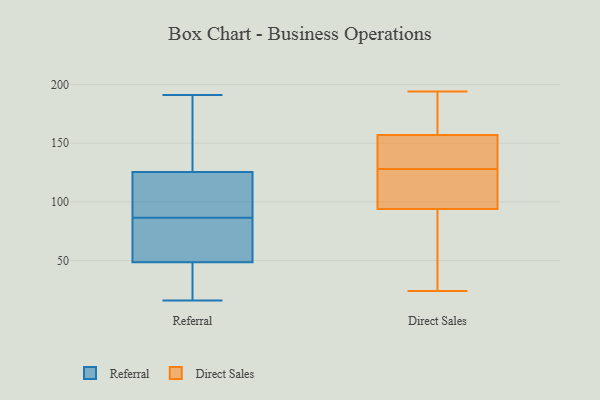
{"axis": {"x": "Latency (ms)", "y": "Value"}, "legend": ["Direct Sales", "Referral"], "data": [{"x": "", "y": 102, "type": "Referral"}, {"x": "", "y": 27, "type": "Referral"}, {"x": "", "y": 65, "type": "Referral"}, {"x": "", "y": 146, "type": "Referral"}, {"x": "", "y": 110, "type": "Referral"}, {"x": "", "y": 16, "type": "Referral"}, {"x": "", "y": 42, "type": "Referral"}, {"x": "", "y": 132, "type": "Referral"}, {"x": "", "y": 94, "type": "Referral"}, {"x": "", "y": 191, "type": "Referral"}, {"x": "", "y": 42, "type": "Referral"}, {"x": "", "y": 55, "type": "Referral"}, {"x": "", "y": 160, "type": "Referral"}, {"x": "", "y": 69, "type": "Referral"}, {"x": "", "y": 79, "type": "Referral"}, {"x": "", "y": 119, "type": "Referral"}, {"x": "", "y": 93, "type": "Direct Sales"}, {"x": "", "y": 170, "type": "Direct Sales"}, {"x": "", "y": 194, "type": "Direct Sales"}, {"x": "", "y": 24, "type": "Direct Sales"}, {"x": "", "y": 101, "type": "Direct Sales"}, {"x": "", "y": 124, "type": "Direct Sales"}, {"x": "", "y": 97, "type": "Direct Sales"}, {"x": "", "y": 73, "type": "Direct Sales"}, {"x": "", "y": 131, "type": "Direct Sales"}, {"x": "", "y": 157, "type": "Direct Sales"}, {"x": "", "y": 68, "type": "Direct Sales"}, {"x": "", "y": 128, "type": "Direct Sales"}, {"x": "", "y": 165, "type": "Direct Sales"}, {"x": "", "y": 134, "type": "Direct Sales"}, {"x": "", "y": 113, "type": "Direct Sales"}, {"x": "", "y": 157, "type": "Direct Sales"}, {"x": "", "y": 44, "type": "Direct Sales"}, {"x": "", "y": 164, "type": "Direct Sales"}, {"x": "", "y": 141, "type": "Direct Sales"}]}